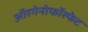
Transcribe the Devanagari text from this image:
ऑरगेनोफॉस्फेट